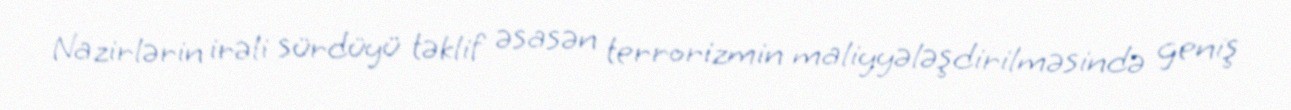
Nazirlərin irəli sürdüyü təklif əsasən terrorizmin maliyyələşdirilməsində geniş